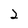
Character: 2